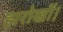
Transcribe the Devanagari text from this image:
झरोखों।